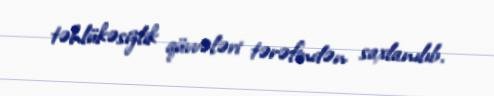
təhlükəsizlik qüvvələri tərəfindən saxlanılıb.